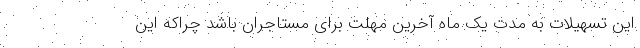
این تسهیلات به مدت یک ماه آخرین مهلت برای مستاجران باشد چراکه این